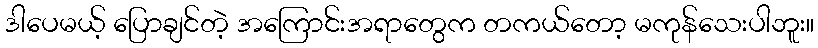
ဒါပေမယ့် ပြောချင်တဲ့ အကြောင်းအရာတွေက တကယ်တော့ မကုန်သေးပါဘူး။